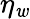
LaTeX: \eta_{\mathit{w}}